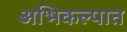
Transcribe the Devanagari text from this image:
अभिकल्पात